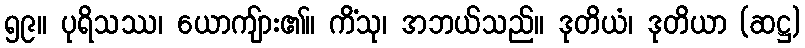
၅၉။ ပုရိသဿ၊ ယောကျ်ား၏။ ကိံသု၊ အဘယ်သည်။ ဒုတိယံ၊ ဒုတိယာ (ဆဋ္ဌ)